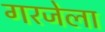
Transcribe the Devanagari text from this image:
गरजेला